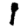
Digit: 1